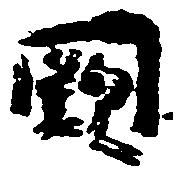
闕